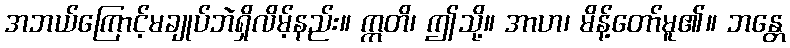
အဘယ်ကြောင့်မချုပ်ဘဲရှိလိမ့်နည်း။ ဣတိ၊ ဤသို့။ အာဟ၊ မိန့်တော်မူ၏။ ဘန္တေ